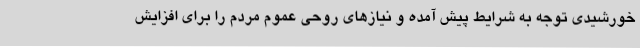
خورشیدی توجه به شرایط پیش آمده و نیازهای روحی عموم مردم را برای افزایش